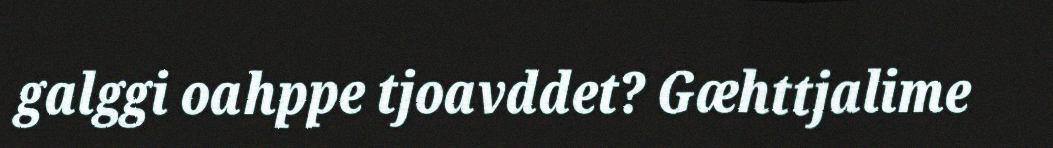
galggi oahppe tjoavddet? Gæhttjalime